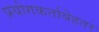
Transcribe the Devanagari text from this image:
प्रयोगकर्ताबेहतर